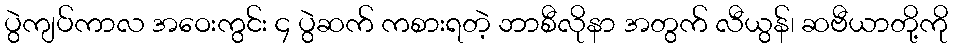
ပွဲကျပ်ကာလ အဝေးကွင်း ၄ ပွဲဆက် ကစားရတဲ့ ဘာစီလိုနာ အတွက် လီယွန်၊ ဆဗီယာတို့ကို